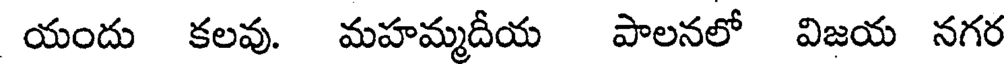
యందు కలవు. మహమ్మదీయ పాలనలో విజయ నగర